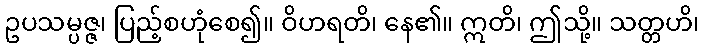
ဥပသမ္ပဇ္ဇ၊ ပြည့်စဟုံစေ၍။ ဝိဟရတိ၊ နေ၏။ ဣတိ၊ ဤသို့။ သတ္တဟိ၊